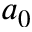
a _ { 0 }